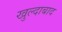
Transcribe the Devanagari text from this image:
खुल्‍दाबाद